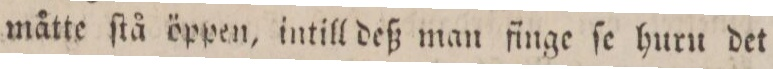
måtte ſtå öppen, intill deß man finge ſe huru det